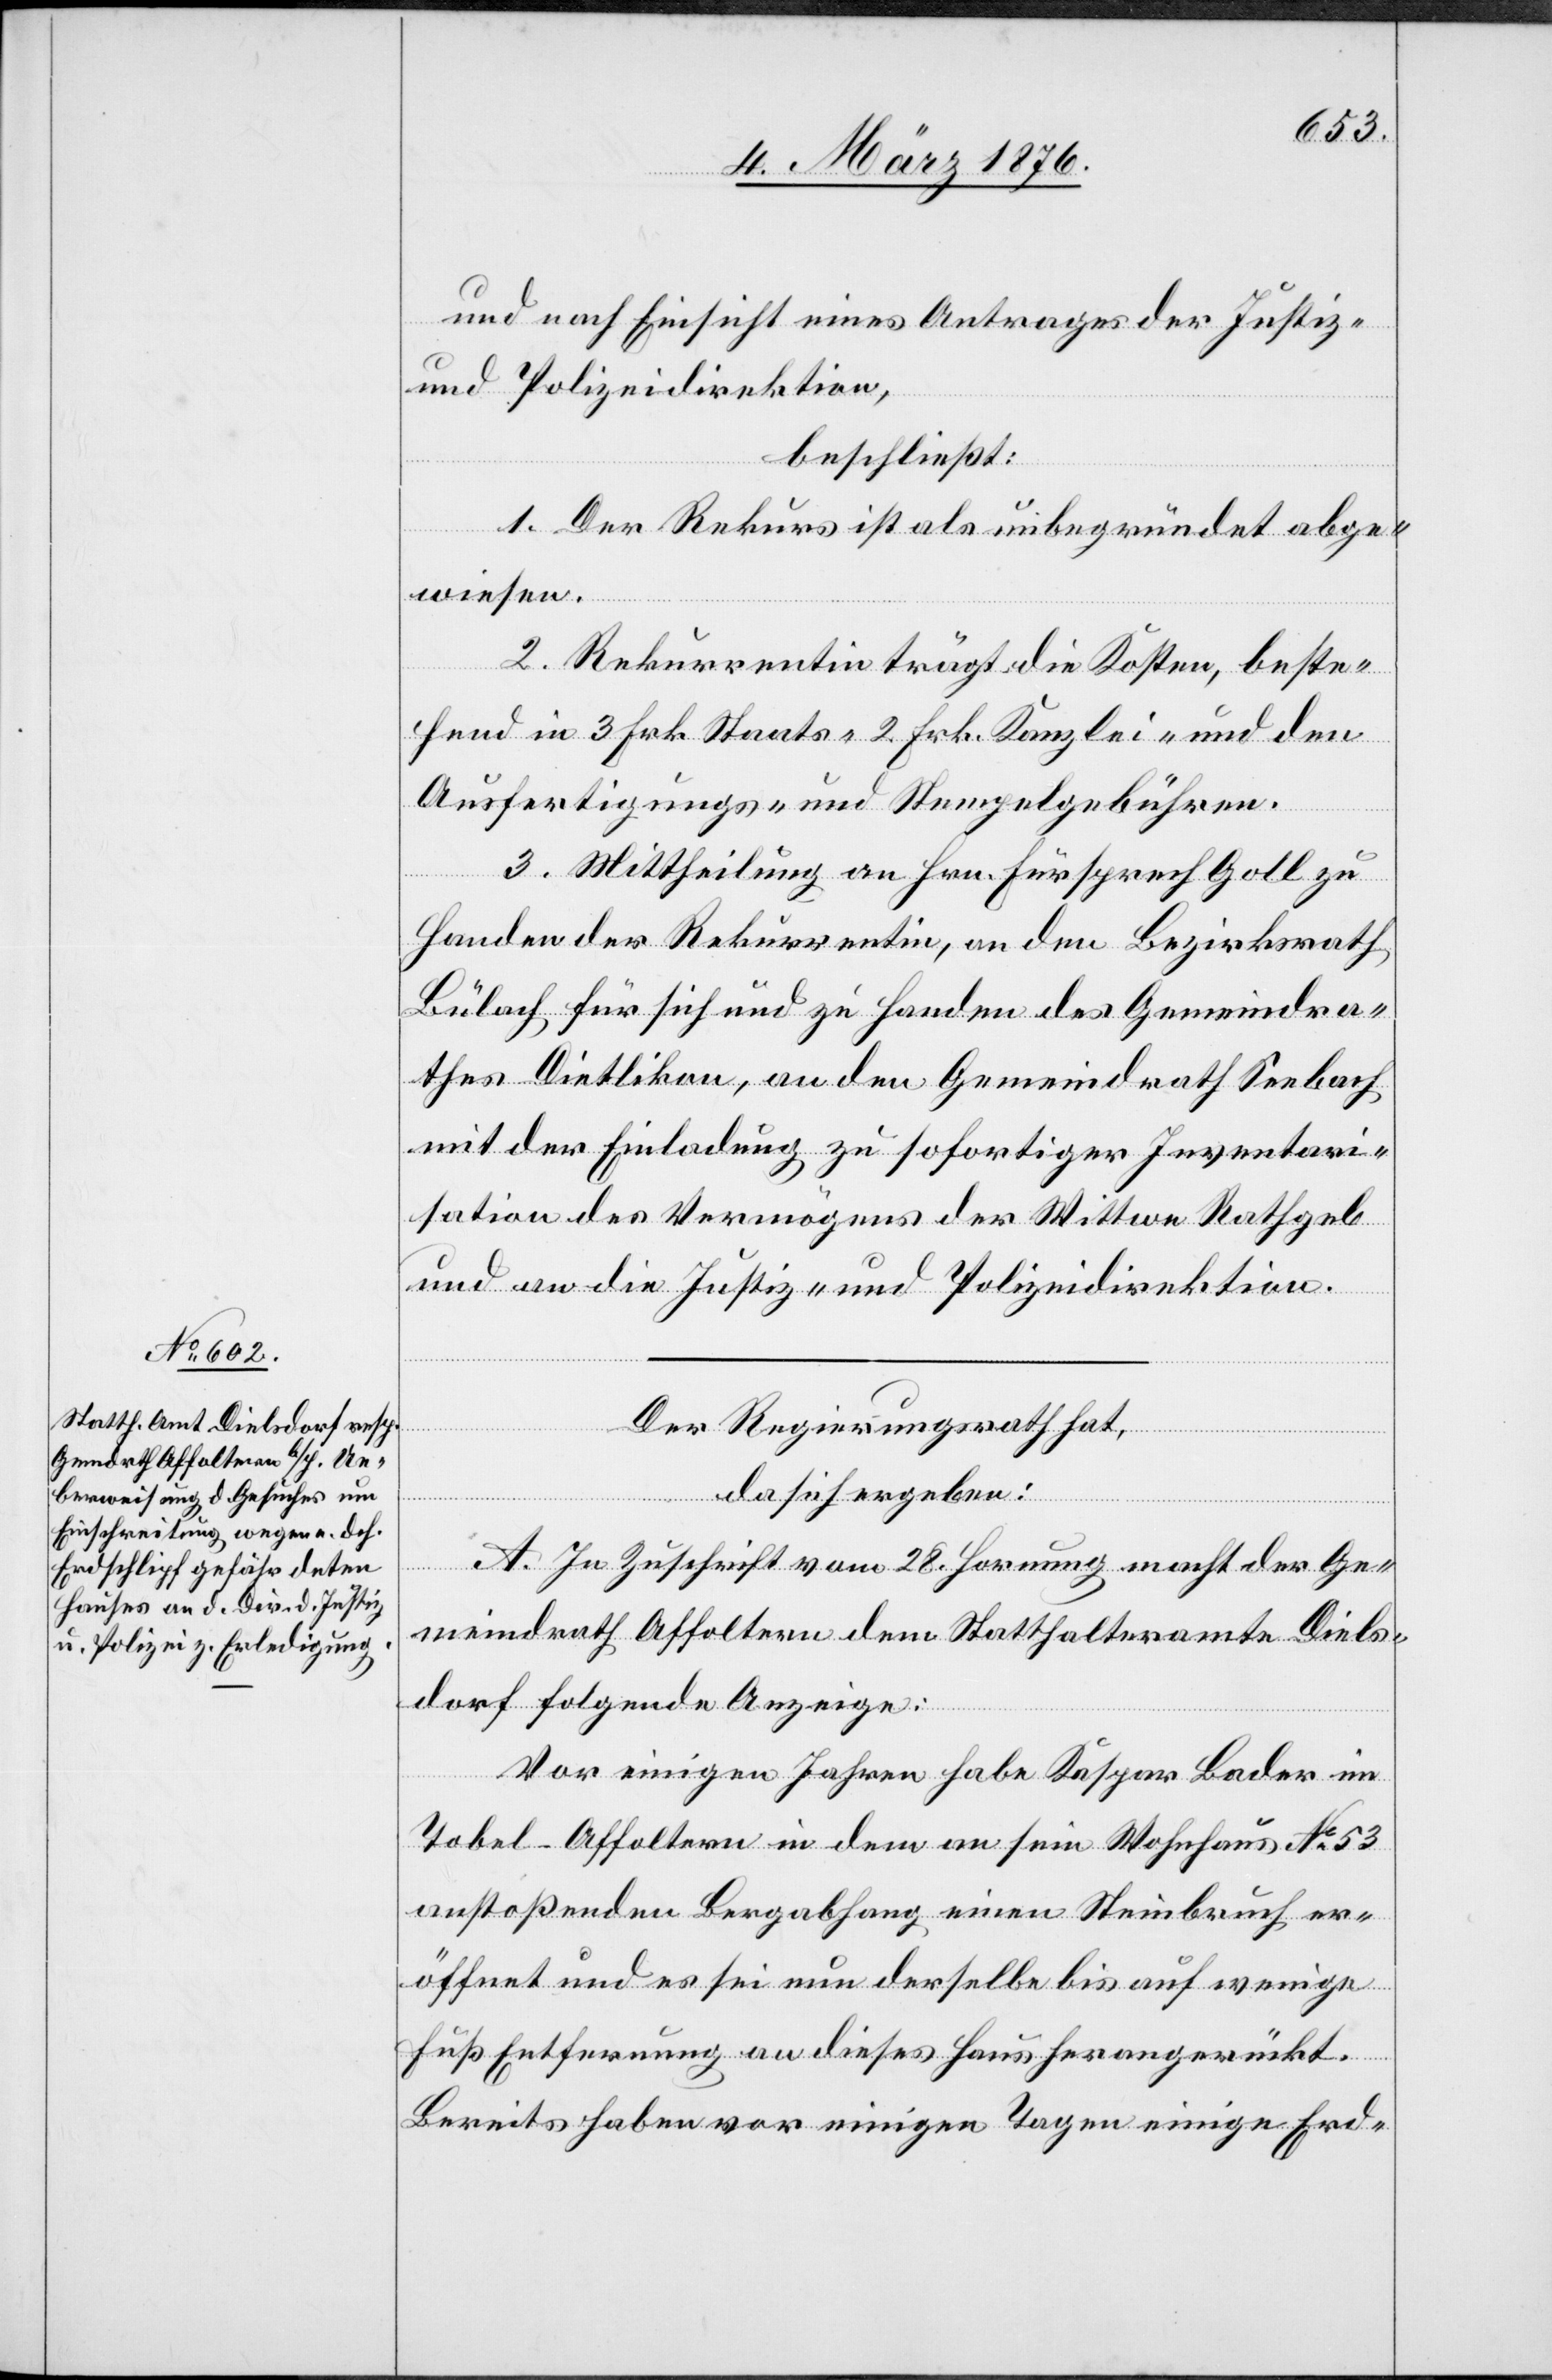
und nach Einsicht eines Antrages der Justiz-
und Polizeidirektion,
beschließt:
1. Der Rekurs ist als unbegründet abge¬
wiesen.
2. Rekurrentin trägt die Kosten, beste¬
hend in 3 Frk. Staats- 2 Frk. Kanzlei- und den
Ausfertigungs- und Stempelgebühren.
3. Mittheilung an Hrn. Fürsprech Goll zu
Handen der Rekurrentin, an den Bezirksrath
Bülach für sich und zu Handen des Gemeindra¬
thes Dietlikon, an den Gemeindrath Seebach
mit der Einladung zu sofortiger Inventari¬
sation des Vermögens der Wittwe Rathgeb
und an die Justiz- und Polizeidirektion.
Der Regierungsrath hat,
da sich ergeben:
A. In Zuschrift vom 28. Hornung macht der Ge¬
meindrath Affoltern dem Statthalteramte Diels¬
dorf folgende Anzeige:
Vor einigen Jahren habe Kaspar Bader im
Tobel - Affoltern in dem an sein Wohnhaus Nr. 53
anstoßenden Bergabhang einen Steinbruch er¬
öffnet und es sei nun derselbe bis auf wenige
Fuß Entfernung an dieses Haus herangerückt.
Bereits haben vor einigen Tagen einige Erd-